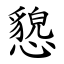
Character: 㦝